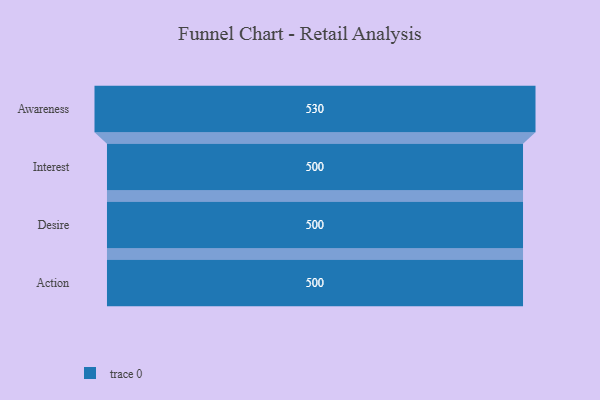
{"axis": {"x": "Stage", "y": "Value"}, "legend": [""], "data": [{"x": "Awareness", "y": 530.0, "type": ""}, {"x": "Interest", "y": 500, "type": ""}, {"x": "Desire", "y": 500, "type": ""}, {"x": "Action", "y": 500, "type": ""}]}